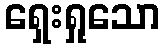
ရှေးရှုသော